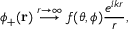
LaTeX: \phi _ { + } ( \mathbf { r } ) \; { \stackrel { r \to \infty } { \longrightarrow } } \; f ( \theta , \phi ) { \frac { e ^ { i k r } } { r } } ,